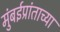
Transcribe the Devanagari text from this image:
मुंबईप्रांताच्या